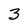
Character: 3